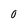
Character: O